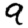
Digit: 9